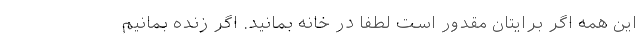
این همه اگر برایتان مقدور است لطفاً در خانه بمانید. اگر زنده بمانیم